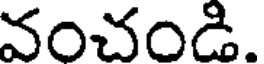
వంచండి.